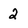
Character: 2